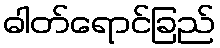
ဓါတ်ရောင်ခြည်